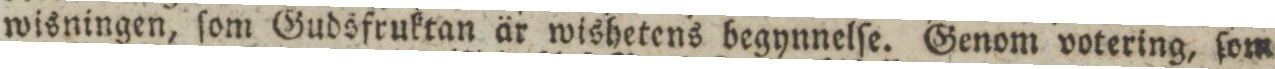
wisningen, ſom Gudsfruktan är wishetens begynnelſe. Genom votering, ſom